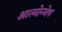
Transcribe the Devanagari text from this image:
आत्मोन्मेष